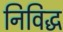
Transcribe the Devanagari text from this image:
निविद्ध